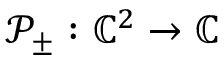
\mathcal { P } _ { \pm } : \mathbb { C } ^ { 2 } \rightarrow \mathbb { C }